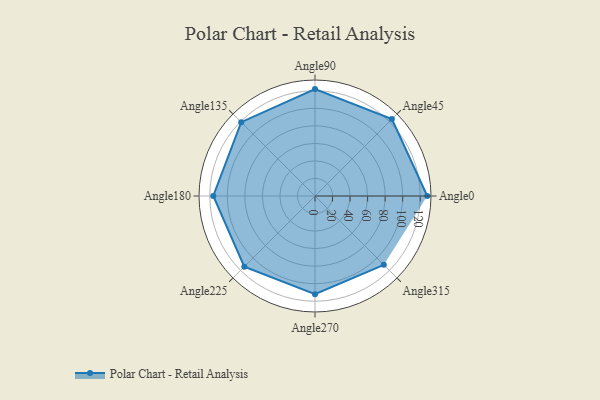
{"axis": {"x": "Angle", "y": "Radius"}, "legend": [""], "data": [{"x": "Angle0", "y": 128.0, "type": ""}, {"x": "Angle45", "y": 124.0, "type": ""}, {"x": "Angle90", "y": 122.0, "type": ""}, {"x": "Angle135", "y": 119.0, "type": ""}, {"x": "Angle180", "y": 116.0, "type": ""}, {"x": "Angle225", "y": 114.0, "type": ""}, {"x": "Angle270", "y": 112.0, "type": ""}, {"x": "Angle315", "y": 111.0, "type": ""}]}